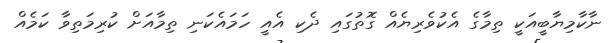
ނާކާމިޔާބީއަކީ ތިމާގެ އެކުވެރިޔެއް ގޮތުގައި ދެކި އެއީ ހަމައެކަނި ތިމާއަށް ކުރިމަތިވާ ކަމެއް